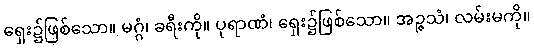
ရှေး၌ဖြစ်သော။ မဂ္ဂံ၊ ခရီးကို။ ပုရာဏံ၊ ရှေး၌ဖြစ်သော။ အဉ္ဇသံ၊ လမ်းမကို။